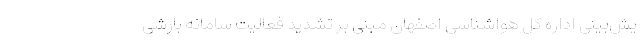
یش‌بینی اداره کل هواشناسی اصفهان مبنی بر تشدید فعالیت سامانه بارشی